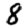
Digit: 8